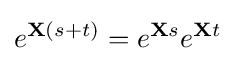
e^{\mathbf {X} (s+t)}=e^{\mathbf {X} s}e^{\mathbf {X} t}